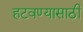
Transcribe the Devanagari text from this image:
हटवण्यासाठी